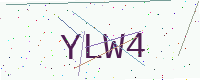
Text: YLW4